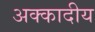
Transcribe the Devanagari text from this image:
अक्कादीय